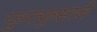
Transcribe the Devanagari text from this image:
फुफ्फुसाचे